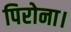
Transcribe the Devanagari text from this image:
पिरोना।